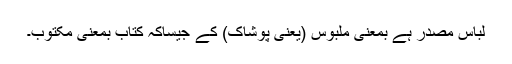
لباس مصدر ہے بمعنی ملبوس (یعنی پوشاک) کے جیساکہ کتاب بمعنی مکتوب۔